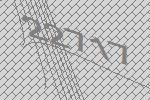
22717